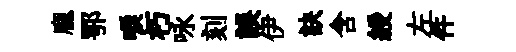
龐鄂唳朽咏刻誤伊訣含綬左件